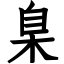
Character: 臬